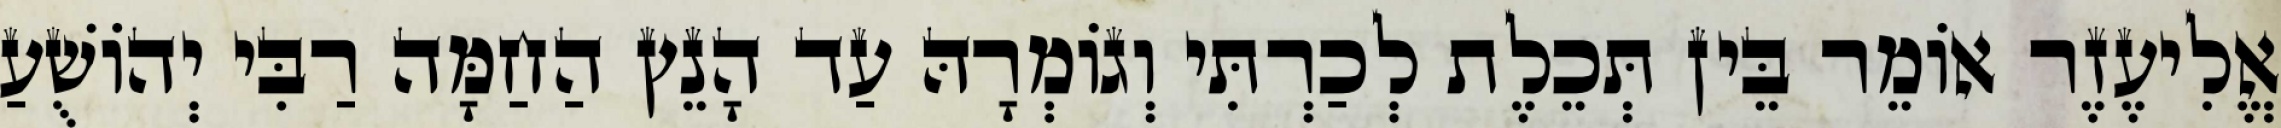
אֱלִיעֶזֶר אוֹמֵר בֵּין תְּכֵלֶת לְכַרְתִּי וְגוֹמְרָהּ עַד הָנֵץ הַחַמָּה רַבִּי יְהוֹשֻׁעַ